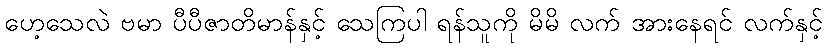
ဟေ့သေလဲ ဗမာ ပီပီဇာတိမာန်နှင့် သေကြပါ ရန်သူကို မိမိ လက် အားနေရင် လက်နှင့်